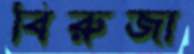
বিরুজা